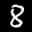
Label: 8